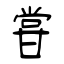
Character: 甞